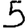
Digit: 5